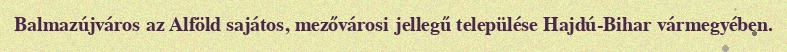
Balmazújváros az Alföld sajátos, mezővárosi jellegű települése Hajdú-Bihar vármegyében.